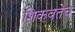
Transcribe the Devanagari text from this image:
शिकवतेच